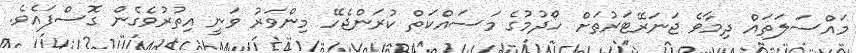
މައްސަލަތައް ދިމާވެ ޖަނަރޭޓަރުތަށް ހޯދުމުގެ މަސައްކަތް ކުރަންޖެހޭ މިންވަރު ވަނީ އިތުރުވެގެން ގޮސްފައެވެ.